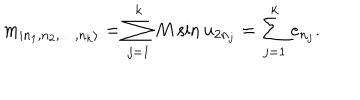
m _ { | n _ { 1 } , n _ { 2 } , \dots , n _ { k } \rangle } = \sum _ { j = 1 } ^ { k } M \sin u _ { 2 n _ { j } } = \sum _ { j = 1 } ^ { k } e _ { n _ { j } } .